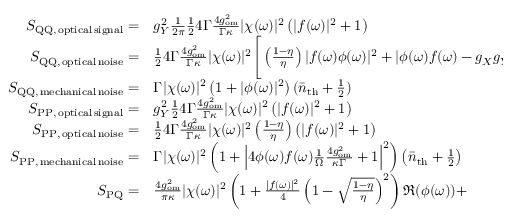
\begin{array} { r l } { S _ { \mathrm { Q Q , \, o p t i c a l \, s i g n a l } } = } & { { } g _ { Y } ^ { 2 } \frac { 1 } { 2 \pi } \frac { 1 } { 2 } 4 \Gamma \frac { 4 g _ { \mathrm { o m } } ^ { 2 } } { \Gamma \kappa } | \chi ( \omega ) | ^ { 2 } \left( | f ( \omega ) | ^ { 2 } + 1 \right) } \\ { S _ { \mathrm { Q Q , \, o p t i c a l \, n o i s e } } = } & { { } \frac { 1 } { 2 } 4 \Gamma \frac { 4 g _ { \mathrm { o m } } ^ { 2 } } { \Gamma \kappa } | \chi ( \omega ) | ^ { 2 } \Bigg [ \left( \frac { 1 - \eta } { \eta } \right) | f ( \omega ) \phi ( \omega ) | ^ { 2 } + \left| \phi ( \omega ) f ( \omega ) - g _ { X } g _ { Y } \right| ^ { 2 } + \left| - \phi ( \omega ) - g _ { Y } g _ { X } f ( \omega ) \right| ^ { 2 } \Bigg ] } \\ { S _ { \mathrm { Q Q , \, m e c h a n i c a l \, n o i s e } } = } & { { } \Gamma | \chi ( \omega ) | ^ { 2 } \left( 1 + | \phi ( \omega ) | ^ { 2 } \right) ( \bar { n } _ { \mathrm { t h } } + \frac { 1 } { 2 } ) } \\ { S _ { \mathrm { P P , \, o p t i c a l \, s i g n a l } } = } & { { } g _ { Y } ^ { 2 } \frac { 1 } { 2 } 4 \Gamma \frac { 4 g _ { \mathrm { o m } } ^ { 2 } } { \Gamma \kappa } | \chi ( \omega ) | ^ { 2 } \left( | f ( \omega ) | ^ { 2 } + 1 \right) } \\ { S _ { \mathrm { P P , \, o p t i c a l \, n o i s e } } = } & { { } \frac { 1 } { 2 } 4 \Gamma \frac { 4 g _ { \mathrm { o m } } ^ { 2 } } { \Gamma \kappa } | \chi ( \omega ) | ^ { 2 } \left( \frac { 1 - \eta } { \eta } \right) \left( | f ( \omega ) | ^ { 2 } + 1 \right) } \\ { S _ { \mathrm { P P , \, m e c h a n i c a l \, n o i s e } } = } & { { } \Gamma | \chi ( \omega ) | ^ { 2 } \left( 1 + \left| 4 \phi ( \omega ) f ( \omega ) \frac { 1 } { \Omega } \frac { 4 g _ { \mathrm { o m } } ^ { 2 } } { \kappa \Gamma } + 1 \right| ^ { 2 } \right) \left( \bar { n } _ { \mathrm { t h } } + \frac { 1 } { 2 } \right) } \\ { S _ { \mathrm { P Q } } = } & { { } \frac { 4 g _ { \mathrm { o m } } ^ { 2 } } { \pi \kappa } | \chi ( \omega ) | ^ { 2 } \left( 1 + \frac { | f ( \omega ) | ^ { 2 } } { 4 } \left( 1 - \sqrt { \frac { 1 - \eta } { \eta } } \right) ^ { 2 } \right) \Re { ( \phi ( \omega ) ) } + } \end{array}